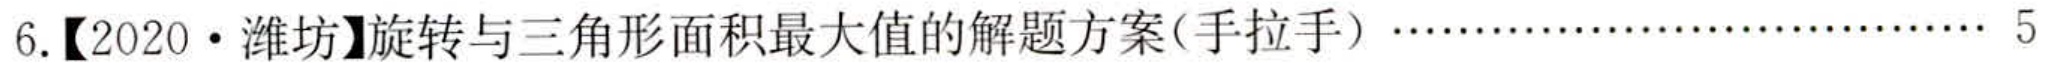
6.【2020·潍坊】旋转与三角形面积最大值的解题方案(手拉手) \(\cdots\cdots\cdots\cdots\cdots\cdots\cdots\cdots\cdots\cdots\cdots 5\)